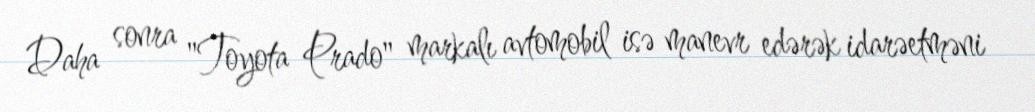
Daha sonra "Toyota Prado" markalı avtomobil isə manevr edərək idarəetməni